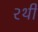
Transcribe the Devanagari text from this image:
२थी